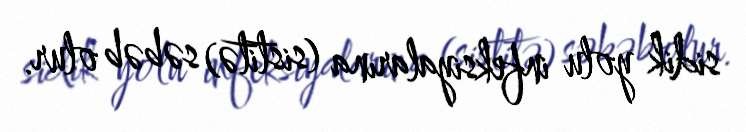
sidik yolu infeksiyalarına (sistitə) səbəb olur.